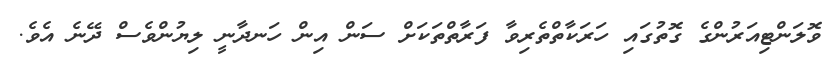
ވޮލަންޓިއަރުންގެ ގޮތުގައި ހަރަކާތްތެރިވާ ފަރާތްތަކަށް ސަން އިން ހަނދާނީ ލިޔުންވެސް ދޭނެ އެވެ.